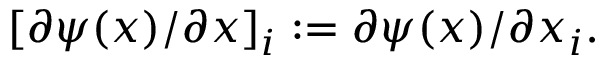
\lbrack \partial \psi ( x ) / \partial x ] _ { i } : = \partial \psi ( x ) / \partial x _ { i } .